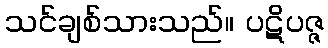
သင်ချစ်သားသည်။ ပဋိပဇ္ဇ